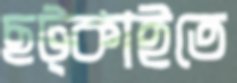
ছট্‌কাইতে